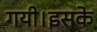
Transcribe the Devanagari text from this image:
गयी।इसके